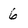
Character: 6